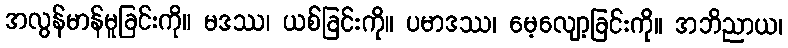
အလွန်မာန်မူခြင်းကို။ မဒဿ၊ ယစ်ခြင်းကို။ ပမာဒဿ၊ မေ့လျော့ခြင်းကို။ အဘိညာယ၊